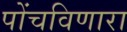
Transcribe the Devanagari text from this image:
पोंचविणारा